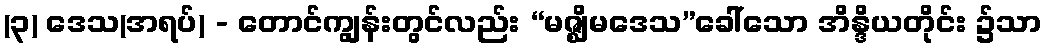
(၃) ဒေသ(အရပ်) - တောင်ကျွန်းတွင်လည်း “မဇ္ဈိမဒေသ”ခေါ်သော အိန္ဒိယတိုင်း ၌သာ